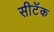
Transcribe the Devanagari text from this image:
सीटॅक